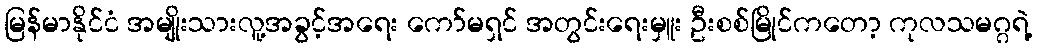
မြန်မာနိုင်ငံ အမျိုးသားလူ့အခွင့်အရေး ကော်မရှင် အတွင်းရေးမှူး ဦးစစ်မြိုင်ကတော့ ကုလသမဂ္ဂရဲ့